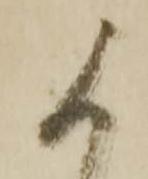
被